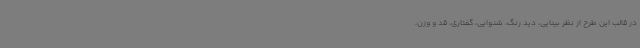
در قالب این طرح از نظر بینایی، دید رنگ، شنوایی، گفتاری، قد و وزن،